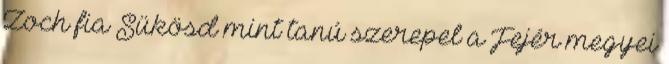
Zoch fia Sükösd mint tanú szerepel a Fejér megyei